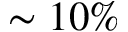
\sim 1 0 \%